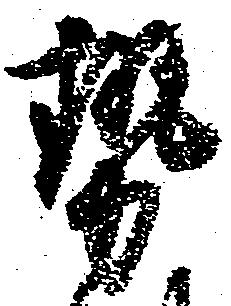
勢